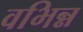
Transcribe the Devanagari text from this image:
वभिन्न